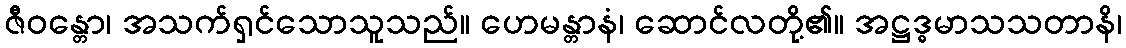
ဇီဝန္တော၊ အသက်ရှင်သောသူသည်။ ဟေမန္တာနံ၊ ဆောင်လတို့၏။ အဋ္ဌဒ္ဓမာသသတာနိ၊